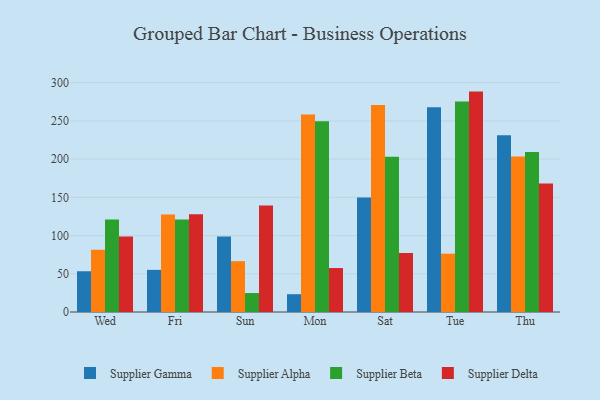
{"axis": {"x": "Day", "y": "Conversion Rate (%)"}, "legend": ["Supplier Alpha", "Supplier Beta", "Supplier Delta", "Supplier Gamma"], "data": [{"x": "Wed", "y": 53.3, "type": "Supplier Gamma"}, {"x": "Wed", "y": 81.4, "type": "Supplier Alpha"}, {"x": "Wed", "y": 120.9, "type": "Supplier Beta"}, {"x": "Wed", "y": 98.9, "type": "Supplier Delta"}, {"x": "Fri", "y": 55.1, "type": "Supplier Gamma"}, {"x": "Fri", "y": 127.5, "type": "Supplier Alpha"}, {"x": "Fri", "y": 120.9, "type": "Supplier Beta"}, {"x": "Fri", "y": 127.8, "type": "Supplier Delta"}, {"x": "Sun", "y": 98.7, "type": "Supplier Gamma"}, {"x": "Sun", "y": 66.5, "type": "Supplier Alpha"}, {"x": "Sun", "y": 24.8, "type": "Supplier Beta"}, {"x": "Sun", "y": 139.4, "type": "Supplier Delta"}, {"x": "Mon", "y": 23.3, "type": "Supplier Gamma"}, {"x": "Mon", "y": 258.2, "type": "Supplier Alpha"}, {"x": "Mon", "y": 249.4, "type": "Supplier Beta"}, {"x": "Mon", "y": 57.5, "type": "Supplier Delta"}, {"x": "Sat", "y": 149.8, "type": "Supplier Gamma"}, {"x": "Sat", "y": 270.7, "type": "Supplier Alpha"}, {"x": "Sat", "y": 203.1, "type": "Supplier Beta"}, {"x": "Sat", "y": 77.2, "type": "Supplier Delta"}, {"x": "Tue", "y": 267.9, "type": "Supplier Gamma"}, {"x": "Tue", "y": 76.3, "type": "Supplier Alpha"}, {"x": "Tue", "y": 275.5, "type": "Supplier Beta"}, {"x": "Tue", "y": 288.3, "type": "Supplier Delta"}, {"x": "Thu", "y": 231.2, "type": "Supplier Gamma"}, {"x": "Thu", "y": 203.5, "type": "Supplier Alpha"}, {"x": "Thu", "y": 209.2, "type": "Supplier Beta"}, {"x": "Thu", "y": 168.0, "type": "Supplier Delta"}]}